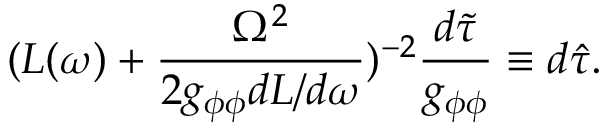
( L ( \omega ) + \frac { \Omega ^ { 2 } } { 2 g _ { \phi \phi } d L / d \omega } ) ^ { - 2 } \frac { d \tilde { \tau } } { g _ { \phi \phi } } \equiv d \hat { \tau } .